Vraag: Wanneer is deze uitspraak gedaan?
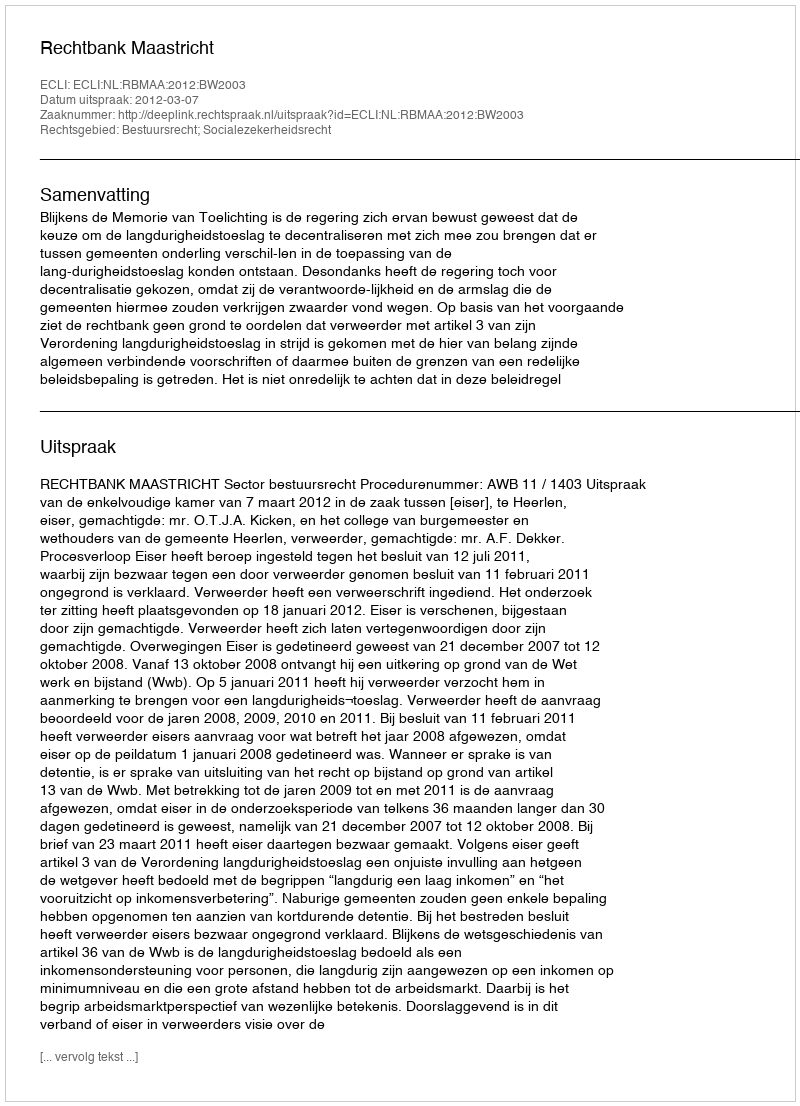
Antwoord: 2012-03-07